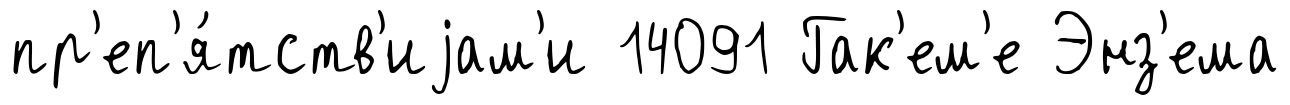
пр'еп'я́тств'иjам'и 14091 Гак'ем'е Энз'ема